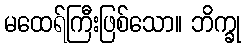
မထေရ်ကြီးဖြစ်သော။ ဘိက္ခု